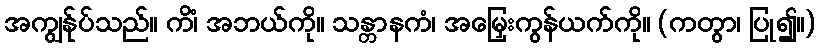
အကျွန်ုပ်သည်။ ကိံ၊ အဘယ်ကို။ သန္တာနကံ၊ အမြှေးကွန်ယက်ကို။ (ကတွာ၊ ပြု၍။)